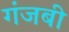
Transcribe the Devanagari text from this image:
गंजबी